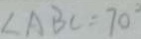
\angle A B C = 7 0 ^ { \circ }